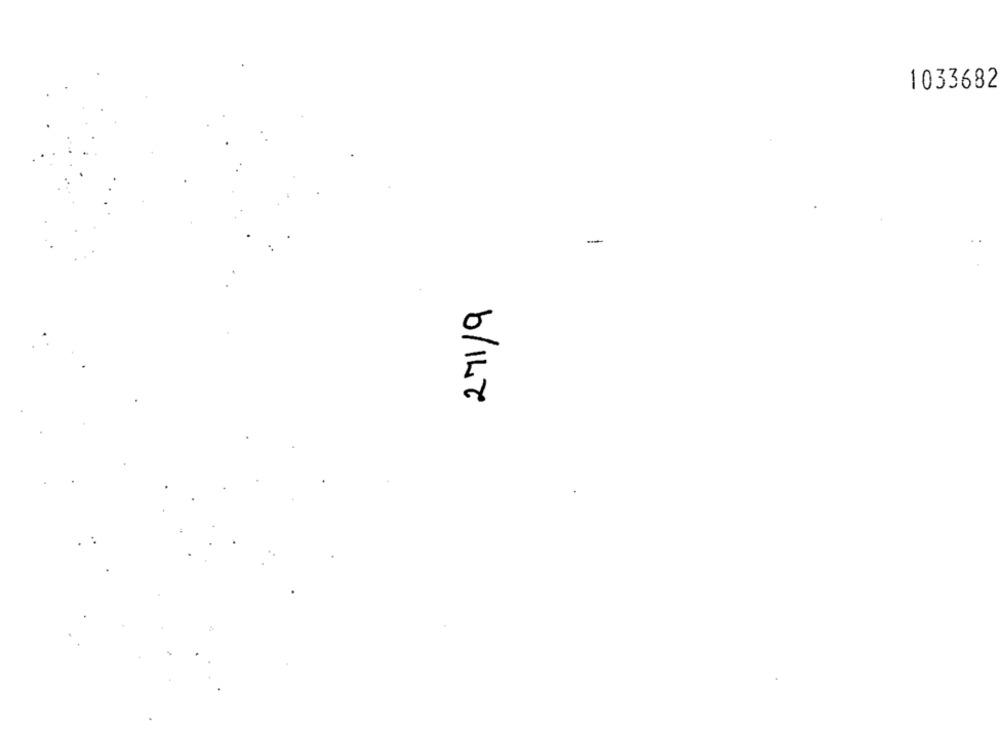
1033682
-
0
b/14Z